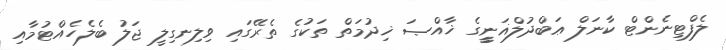
ލެފްޓިނެންޓް ކާނަލް ޢަބްދުލްޣަނީީީގެ ޚާއްޞަ ޚިދުމަތް ތަކުގެ ތެރޭގައި ވިލިނގިލީ ޖަލު ބެލެހެއްޓުމާއި